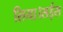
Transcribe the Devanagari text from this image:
लिया।सईस